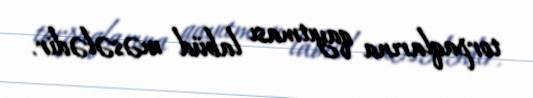
torpaqlarına qayıtması labüd məsələdir.